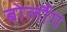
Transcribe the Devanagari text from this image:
बोर्लौग